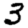
Digit: 3